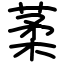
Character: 葇